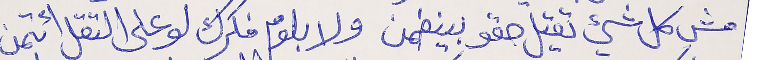
مش كل شيء يقتل حقو بينضمن ولا بلوم فكرك لو على التقل ائتمن